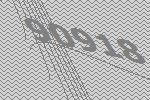
90918